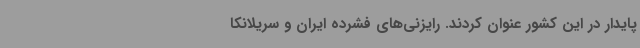
پایدار در این کشور عنوان کردند. رایزنی‌های فشرده ایران و سریلانکا